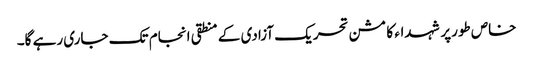
خاص طورپر شہداء کا مشن تحریک آزادی کے منطقی انجام تک جاری رہے گا۔